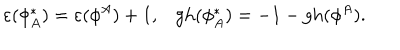
LaTeX: \varepsilon ( \phi _ { A } ^ { * } ) = \varepsilon ( \phi ^ { A } ) + 1 , \mathrm { g h } ( \phi _ { A } ^ { * } ) = - 1 - \mathrm { g h } ( \phi ^ { A } ) .